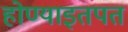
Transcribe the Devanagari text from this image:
होण्याइतपत